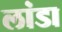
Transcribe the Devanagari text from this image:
लांडा